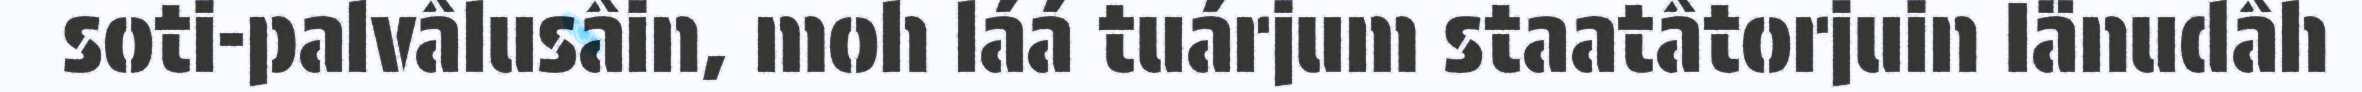
soti-palvâlusâin, moh láá tuárjum staatâtorjuin Iänudâh